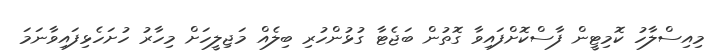
މިއިސްލާހު ކޮމިޓީން ފާސްކޮށްފައިވާ ގޮތުން ބަޖެޓާ ގުޅުންހުރި ބިލެއް މަޖިލީހަށް މިހާރު ހުށަހެޅިފައިވާނަމަ